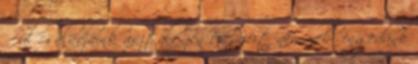
ő ül családjaink asztalfőjén és miért nem neki engedünk